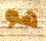
هو